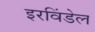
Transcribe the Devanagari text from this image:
इरविंडेल